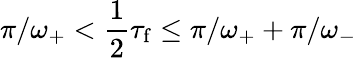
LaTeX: \pi/\omega_{+}<\frac{1}{2}\tau_{\mathrm{f}}\leq\pi/\omega_{+}+\pi/\omega_{-}